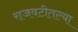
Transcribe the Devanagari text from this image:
राजवटीतल्या